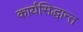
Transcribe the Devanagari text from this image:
कार्यसिद्धान्त